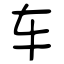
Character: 车